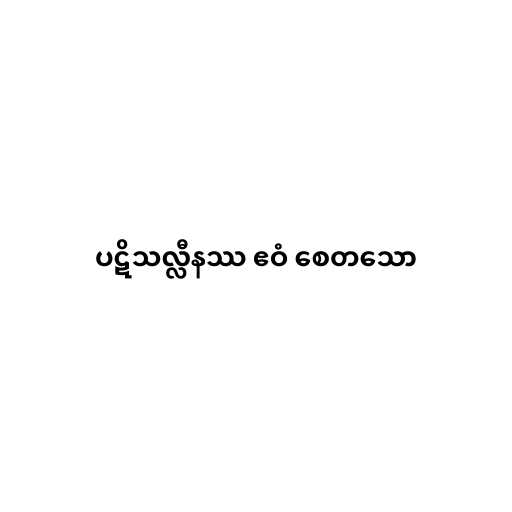
ပဋိသလ္လီနဿ ဧဝံ စေတသော